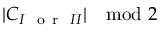
| C _ { I ~ \mathrm { ~ o ~ r ~ } ~ I I } | \mod 2